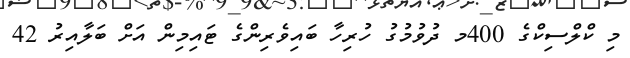
މި ކްލްސިކްގެ 400މ ދުވުމުގު ހުރިހާ ބައިވެރިންގެ ޓައިމިން އަށް ބަލާއިރު 42